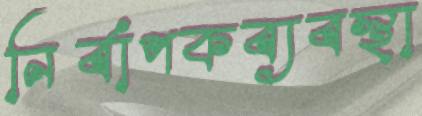
নির্বাপকব্যবস্থা